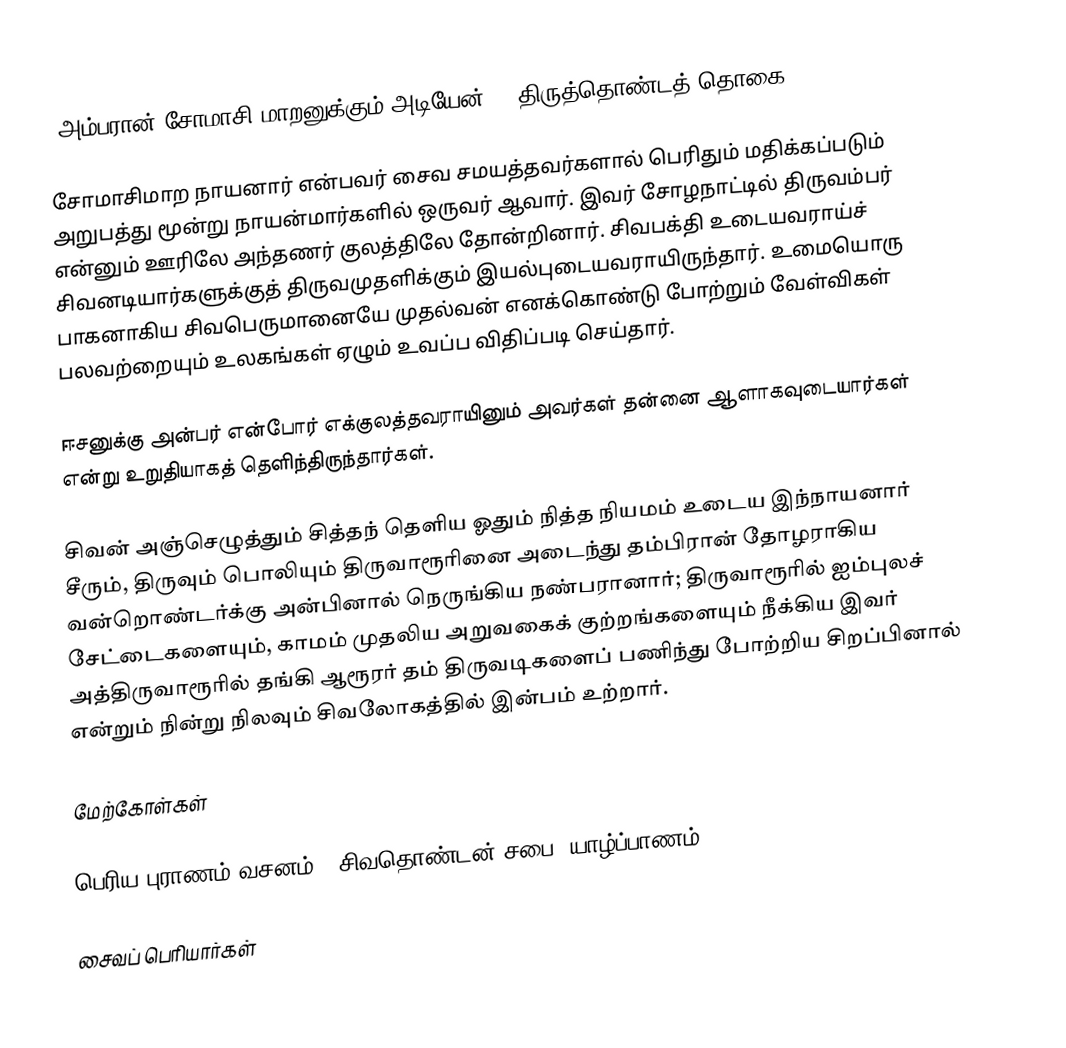
“அம்பரான் சோமாசி மாறனுக்கும் அடியேன்” – திருத்தொண்டத் தொகை.

சோமாசிமாற நாயனார் என்பவர் சைவ சமயத்தவர்களால் பெரிதும் மதிக்கப்படும் அறுபத்து மூன்று நாயன்மார்களில் ஒருவர் ஆவார். இவர்  சோழநாட்டில் திருவம்பர் என்னும் ஊரிலே அந்தணர் குலத்திலே தோன்றினார். சிவபக்தி உடையவராய்ச் சிவனடியார்களுக்குத் திருவமுதளிக்கும் இயல்புடையவராயிருந்தார். உமையொரு பாகனாகிய சிவபெருமானையே முதல்வன் எனக்கொண்டு போற்றும் வேள்விகள் பலவற்றையும் உலகங்கள் ஏழும் உவப்ப விதிப்படி செய்தார்.

ஈசனுக்கு அன்பர் என்போர் எக்குலத்தவராயினும் அவர்கள் தன்னை ஆளாகவுடையார்கள் என்று  உறுதியாகத் தெளிந்திருந்தார்கள்.

சிவன் அஞ்செழுத்தும் சித்தந் தெளிய ஓதும் நித்த நியமம் உடைய இந்நாயனார் சீரும், திருவும் பொலியும் திருவாரூரினை அடைந்து தம்பிரான் தோழராகிய வன்றொண்டர்க்கு அன்பினால் நெருங்கிய நண்பரானார்; திருவாரூரில் ஐம்புலச் சேட்டைகளையும், காமம் முதலிய அறுவகைக் குற்றங்களையும் நீக்கிய இவர் அத்திருவாரூரில் தங்கி ஆரூரர் தம் திருவடிகளைப் பணிந்து போற்றிய சிறப்பினால் என்றும் நின்று நிலவும் சிவலோகத்தில் இன்பம் உற்றார்.

மேற்கோள்கள்

பெரிய புராணம் வசனம் - சிவதொண்டன் சபை, யாழ்ப்பாணம்

சைவப் பெரியார்கள்